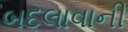
બદલાવાની